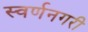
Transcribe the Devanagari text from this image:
स्‍वर्णनगरी